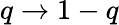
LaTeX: q\to 1-q